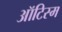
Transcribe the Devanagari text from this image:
ऑटिस्म